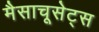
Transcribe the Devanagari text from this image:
मैसाचूसेट्स